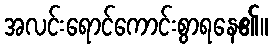
အလင်းရောင်ကောင်းစွာရနေ၏။